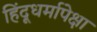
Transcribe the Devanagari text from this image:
हिंदूधर्मापेक्षा